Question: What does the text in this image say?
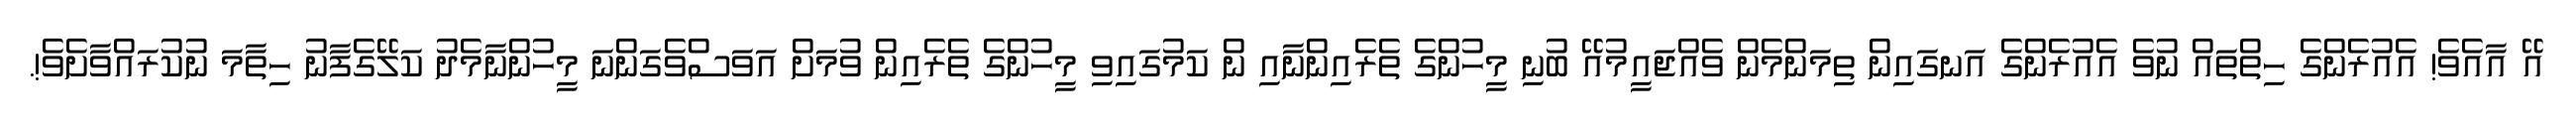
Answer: އޭ އާއެވެ! އެއުރެންގެ ހިތްތައް ނުވެ އެއުރެންގެ އަނގައިން ތިމަންމެން ވެއްޖައީމުއޭ ބުނި މީހުންގެ ތެރެއިންނާއި ން ކަމުގައިވި މީހުންގެ ތެރެއިން ވުމަށް އަވަސްވެގަންނަ މީހުންނާމެދު ކަލޭގެފާނު ހިތާމަ ނުކުރައްވާށެވެ!.